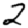
Digit: 2